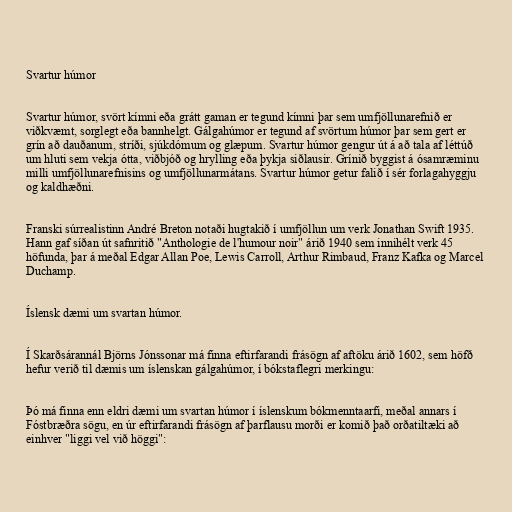
Svartur húmor

Svartur húmor, svört kímni eða grátt gaman er tegund kímni þar sem umfjöllunarefnið er
viðkvæmt, sorglegt eða bannhelgt. Gálgahúmor er tegund af svörtum húmor þar sem gert er
grín að dauðanum, stríði, sjúkdómum og glæpum. Svartur húmor gengur út á að tala af léttúð
um hluti sem vekja ótta, viðbjóð og hrylling eða þykja siðlausir. Grínið byggist á ósamræminu
milli umfjöllunarefnisins og umfjöllunarmátans. Svartur húmor getur falið í sér forlagahyggju
og kaldhæðni.

Franski súrrealistinn André Breton notaði hugtakið í umfjöllun um verk Jonathan Swift 1935.
Hann gaf síðan út safnritið "Anthologie de l'humour noir" árið 1940 sem innihélt verk 45
höfunda, þar á meðal Edgar Allan Poe, Lewis Carroll, Arthur Rimbaud, Franz Kafka og Marcel
Duchamp.

Íslensk dæmi um svartan húmor.

Í Skarðsárannál Björns Jónssonar má finna eftirfarandi frásögn af aftöku árið 1602, sem höfð
hefur verið til dæmis um íslenskan gálgahúmor, í bókstaflegri merkingu:

Þó má finna enn eldri dæmi um svartan húmor í íslenskum bókmenntaarfi, meðal annars í
Fóstbræðra sögu, en úr eftirfarandi frásögn af þarflausu morði er komið það orðatiltæki að
einhver "liggi vel við höggi":